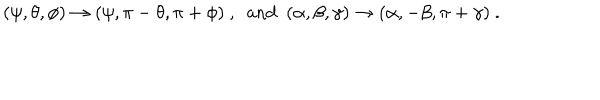
LaTeX: ( \psi , \theta , \phi ) \to ( \psi , \pi - \theta , \pi + \phi ) \ , \ \ \mathrm { a n d } \ \ ( \alpha , \beta , \gamma ) \to ( \alpha , - \beta , \pi + \gamma ) \ .